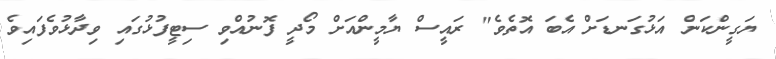
ޔަގީންކަން އަޅުގަނޑަށް އެބަ އޮތެވެ" ރައީސް ޔާމީންއަށް މޯދީ ފޮނުއްވި ސިޓީފުޅުގައި ވިދާޅުވެފައިވެ